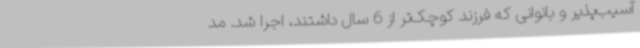
آسیب‌پذیر و بانوانی که فرزند کوچک‌تر از 6 سال داشتند، اجرا شد. مد